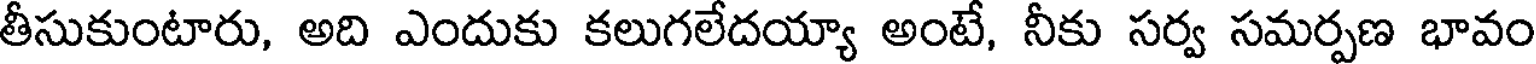
తీసుకుంటారు, అది ఎందుకు కలుగలేదయ్యా అంటే, నీకు సర్వ సమర్పణ భావం